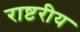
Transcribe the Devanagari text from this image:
राष्टरीय